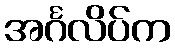
အင်္ဂလိပ်က